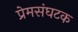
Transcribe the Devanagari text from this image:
प्रेमसंघटक